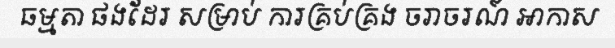
ធម្មតា ផងដែរ សម្រាប់ ការគ្រប់គ្រង ចរាចរណ៍ អាកាស